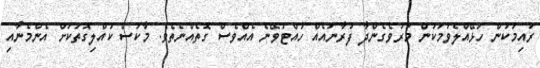
ރުއިމަކުން ހަޅޭއްލެވުމަކުން މަރުވެގެންދާ ފުރާނައެއް ހުއްޓުވޭނެ އެއްވެސް ގޮތެއްނެތެވެ. މާކަސް ކުއްލިގޮތަކަށް އެންމެނާއި